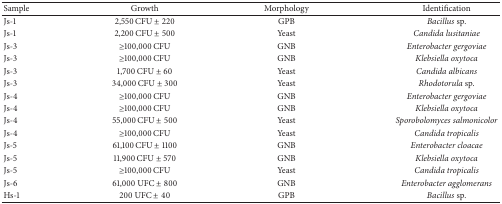
| Sample | Growth | Morphology | Identification |
 | --- | --- | --- | --- |
 | Js-1 | 2,550 CFU ± 220 | GPB | Bacillus sp. |
 | Js-1 | 2,200 CFU ± 500 | Yeast | Candida lusitaniae |
 | Js-3 | ≥100,000 CFU | GNB | Enterobacter gergoviae |
 | Js-3 | ≥100,000 CFU | GNB | Klebsiella oxytoca |
 | Js-3 | 1,700 CFU ± 60 | Yeast | Candida albicans |
 | Js-3 | 34,000 CFU ± 300 | Yeast | Rhodotorula sp. |
 | Js-4 | ≥100,000 CFU | GNB | Enterobacter gergoviae |
 | Js-4 | ≥100,000 CFU | GNB | Klebsiella oxytoca |
 | Js-4 | 55,000 CFU ± 500 | Yeast | Sporobolomyces salmonicolor |
 | Js-4 | ≥100,000 CFU | Yeast | Candida tropicalis |
 | Js-5 | 61,100 CFU ± 1100 | GNB | Enterobacter cloacae |
 | Js-5 | 11,900 CFU ± 570 | GNB | Klebsiella oxytoca |
 | Js-5 | ≥100,000 CFU | Yeast | Candida tropicalis |
 | Js-6 | 61,000 UFC ± 800 | GNB | Enterobacter agglomerans |
 | Hs-1 | 200 UFC ± 40 | GPB | Bacillus sp. |